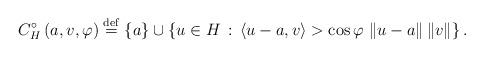
LaTeX: \begin{align*}C_{H}^{\circ}\left(a,v,\varphi\right)\overset{{\rm def}}{=}\left\{ a\right\} \cup\left\{ u\in H\,:\,\left\langle u-a,v\right\rangle >\cos\varphi\,\left\Vert u-a\right\Vert \left\Vert v\right\Vert \right\} \mbox{.}\end{align*}